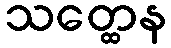
သတ္ထေန